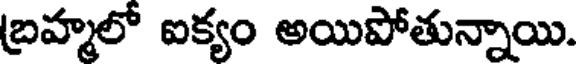
బ్రహ్మలో ఐక్యం అయిపోతున్నాయి.